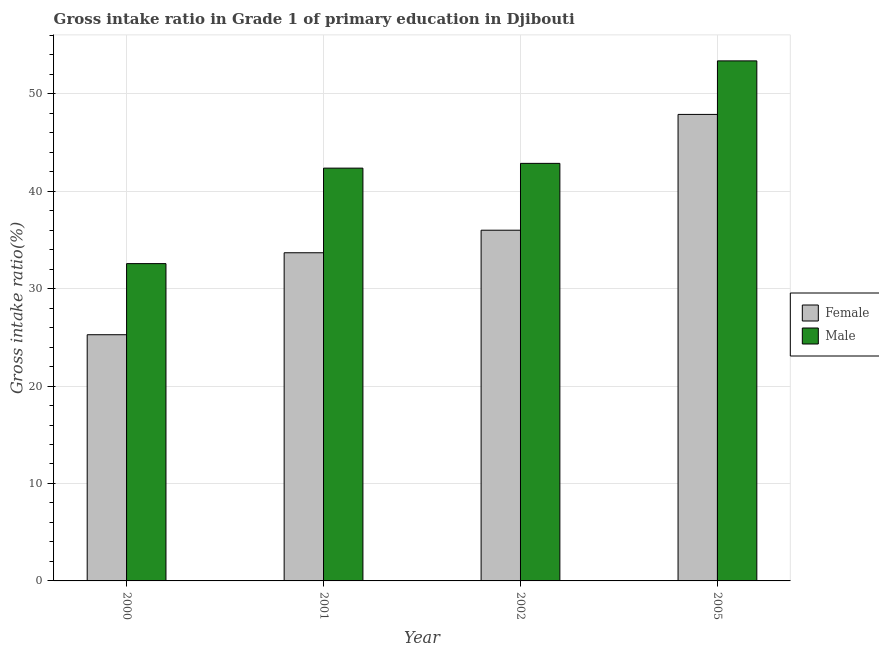
| Year | Female | Male |
 | --- | --- | --- |
 | 2000 | 25.3 | 32.6 |
 | 2001 | 33.7 | 42.4 |
 | 2002 | 36 | 42.9 |
 | 2005 | 47.9 | 53.4 |